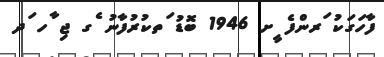
ފާހަގަކު ަރންފެ ީށ 1946 ބޮޑު ަތކުރުފާނު ެގ ޖި ާހ ަދ